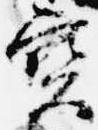
宝